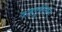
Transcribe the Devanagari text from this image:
वाहतुकीमध्ये